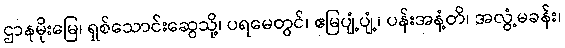
ဌာနမိုးမြေ၊ ရှစ်သောင်းဆွေသို့၊ ပရမေတွင်၊ ဧမြပျံ့ပျံ့၊ ပန်းအနံ့တိ၊ အလွံ့မခန်း၊